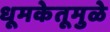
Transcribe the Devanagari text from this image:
धूमकेतूमुळे